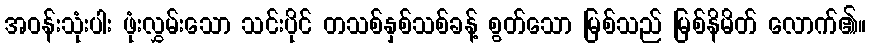
အဝန်းသုံးပါး ဖုံးလွှမ်းသော သင်းပိုင် တသစ်နှစ်သစ်ခန့် စွတ်သော မြစ်သည် မြစ်နိမိတ် လောက်၏။